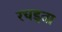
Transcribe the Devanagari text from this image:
रचइता